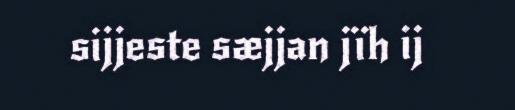
sijjeste sæjjan jïh ij